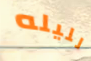
لليله